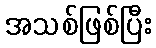
အသစ်ဖြစ်ပြီး